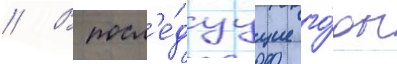
// В посл'е́дуущие го́ды